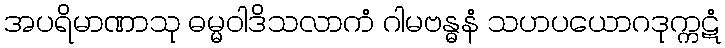
အပရိမာဏာသု ဓမ္မဝါဒိသလာကံ ဂါမဗန္ဓနံ သဟပယောဂဒုက္ကဋံ